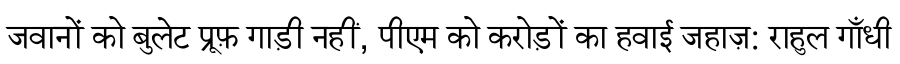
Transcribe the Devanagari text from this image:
जवानों को बुलेट प्रूफ़ गाड़ी नहीं, पीएम को करोड़ों का हवाई जहाज़: राहुल गाँधी